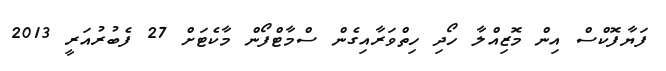
ފަޔާފޮކްސް އިން މޮޒިއްލާ ހޯދި ހިތްވަރާއިގެން ސްމާޓްފޯން މާކެޓަށް 27 ފެބުރުއަރީ 2013